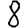
Digit: 8